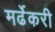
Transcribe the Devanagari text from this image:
मर्ढेकरी